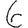
Digit: 6